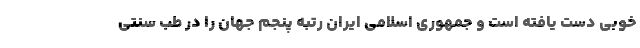
خوبی دست یافته است و جمهوری اسلامی ایران رتبه پنجم جهان را در طب سنتی